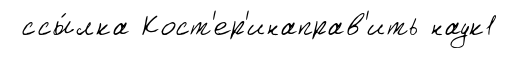
ссы́лка Кост'ер'инаправ'ить наук1